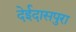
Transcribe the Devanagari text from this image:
देईदासपुरा